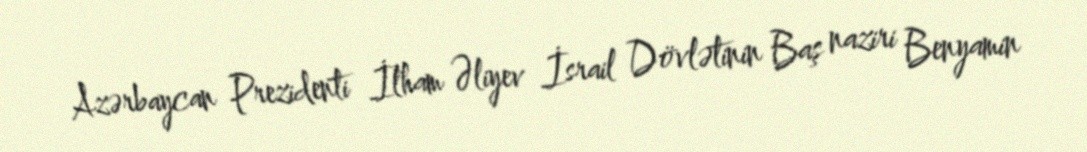
Azərbaycan Prezidenti İlham Əliyev İsrail Dövlətinin Baş naziri Benyamin